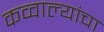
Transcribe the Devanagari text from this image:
कव्वाल्यांचा